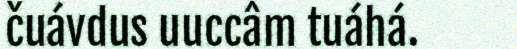
čuávdus uuccâm tuáhá.